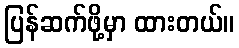
ပြန်ဆက်ဖို့မှာ ထားတယ်။